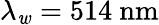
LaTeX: \lambda_{\mathit{w}}=514~\textrm{{nm}}